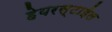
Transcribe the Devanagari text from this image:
हेयरस्टाईल